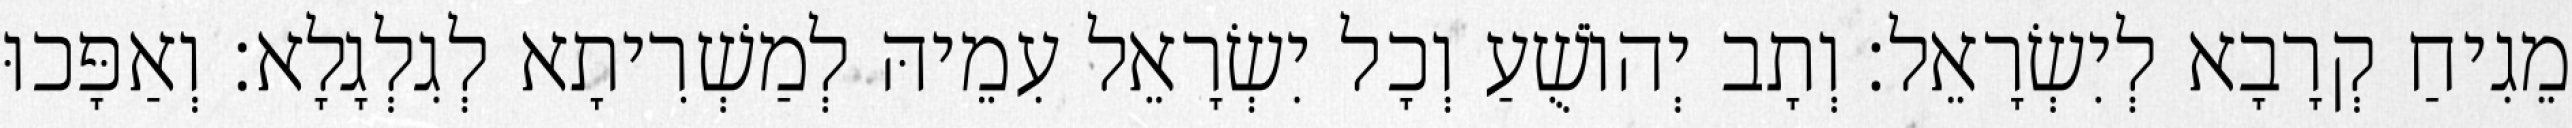
מֵגִיחַ קְרָבָא לְיִשְׂרָאֵל׃ וְתָב יְהוֹשֻׁעַ וְכָל יִשְׂרָאֵל עִמֵיהּ לְמַשְׁרִיתָא לְגִלְגָלָא׃ וְאַפָּכוּ